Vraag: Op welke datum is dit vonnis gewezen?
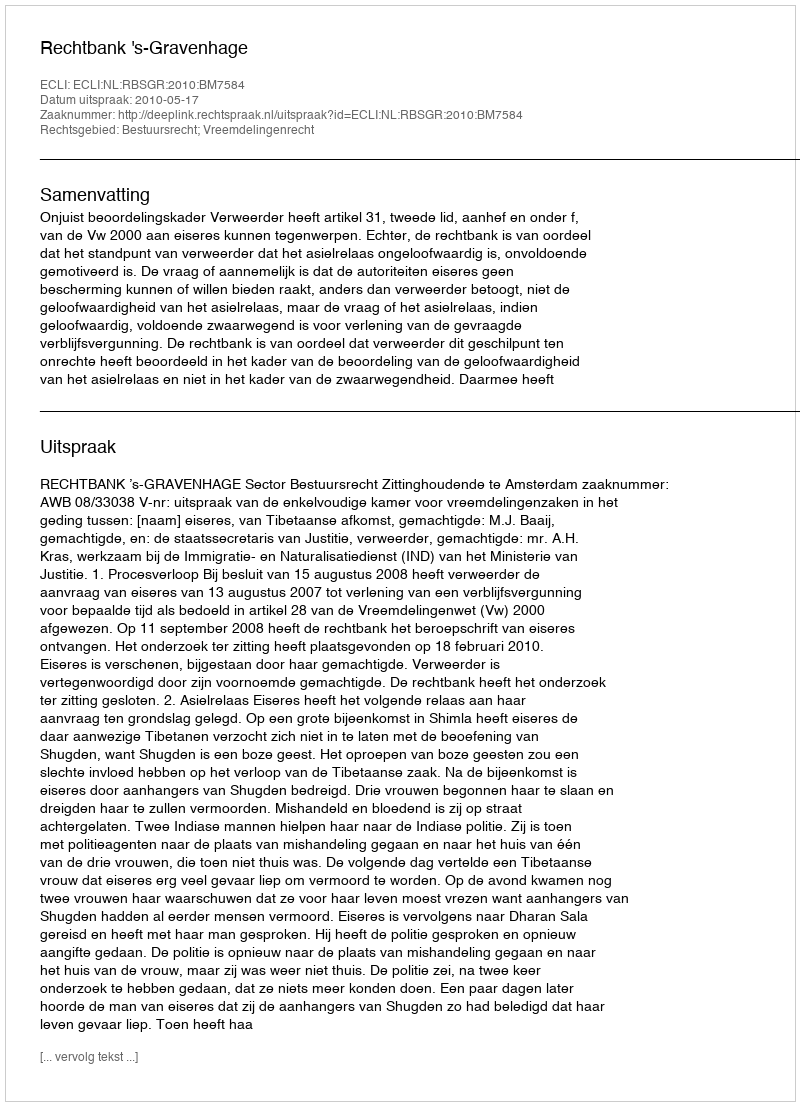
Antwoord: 2010-05-17